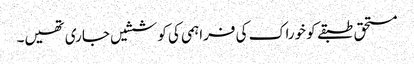
مستحق طبقے کو خوراک کی فراہمی کی کوششیں جاری تھیں۔